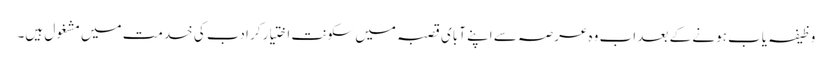
وظیفہ یاب ہونے کے بعد اب وہ عرصہ سے اپنے آبای قصبہ میں سکونت اختیار کر ادب کی خدمت میں مشغول ہیں۔